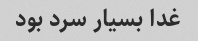
غدا بسیار سرد بود